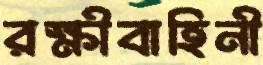
রক্ষীবাহিনী